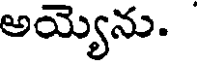
అయ్యెను.